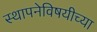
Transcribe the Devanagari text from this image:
स्थापनेविषयीच्या